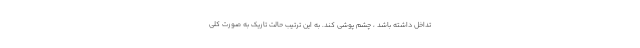
تداخل داشته باشد ، چشم پوشی کند. به این ترتیب حالت تاریک به صورت کلی